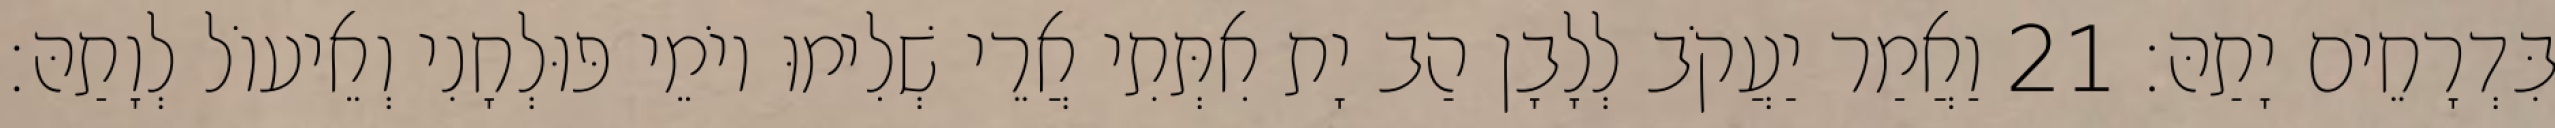
בִּדְרָחֵים יָתַהּ׃ 21 וַאֲמַר יַעֲקֹב לְלָבָן הַב יָת אִתְּתִי אֲרֵי שְׁלִימוּ יוֹמֵי פּוּלְחָנִי וְאֵיעוֹל לְוָתַהּ׃